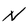
Character: N